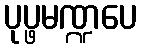
ပုပ္ဖမဏ္ဍပေ